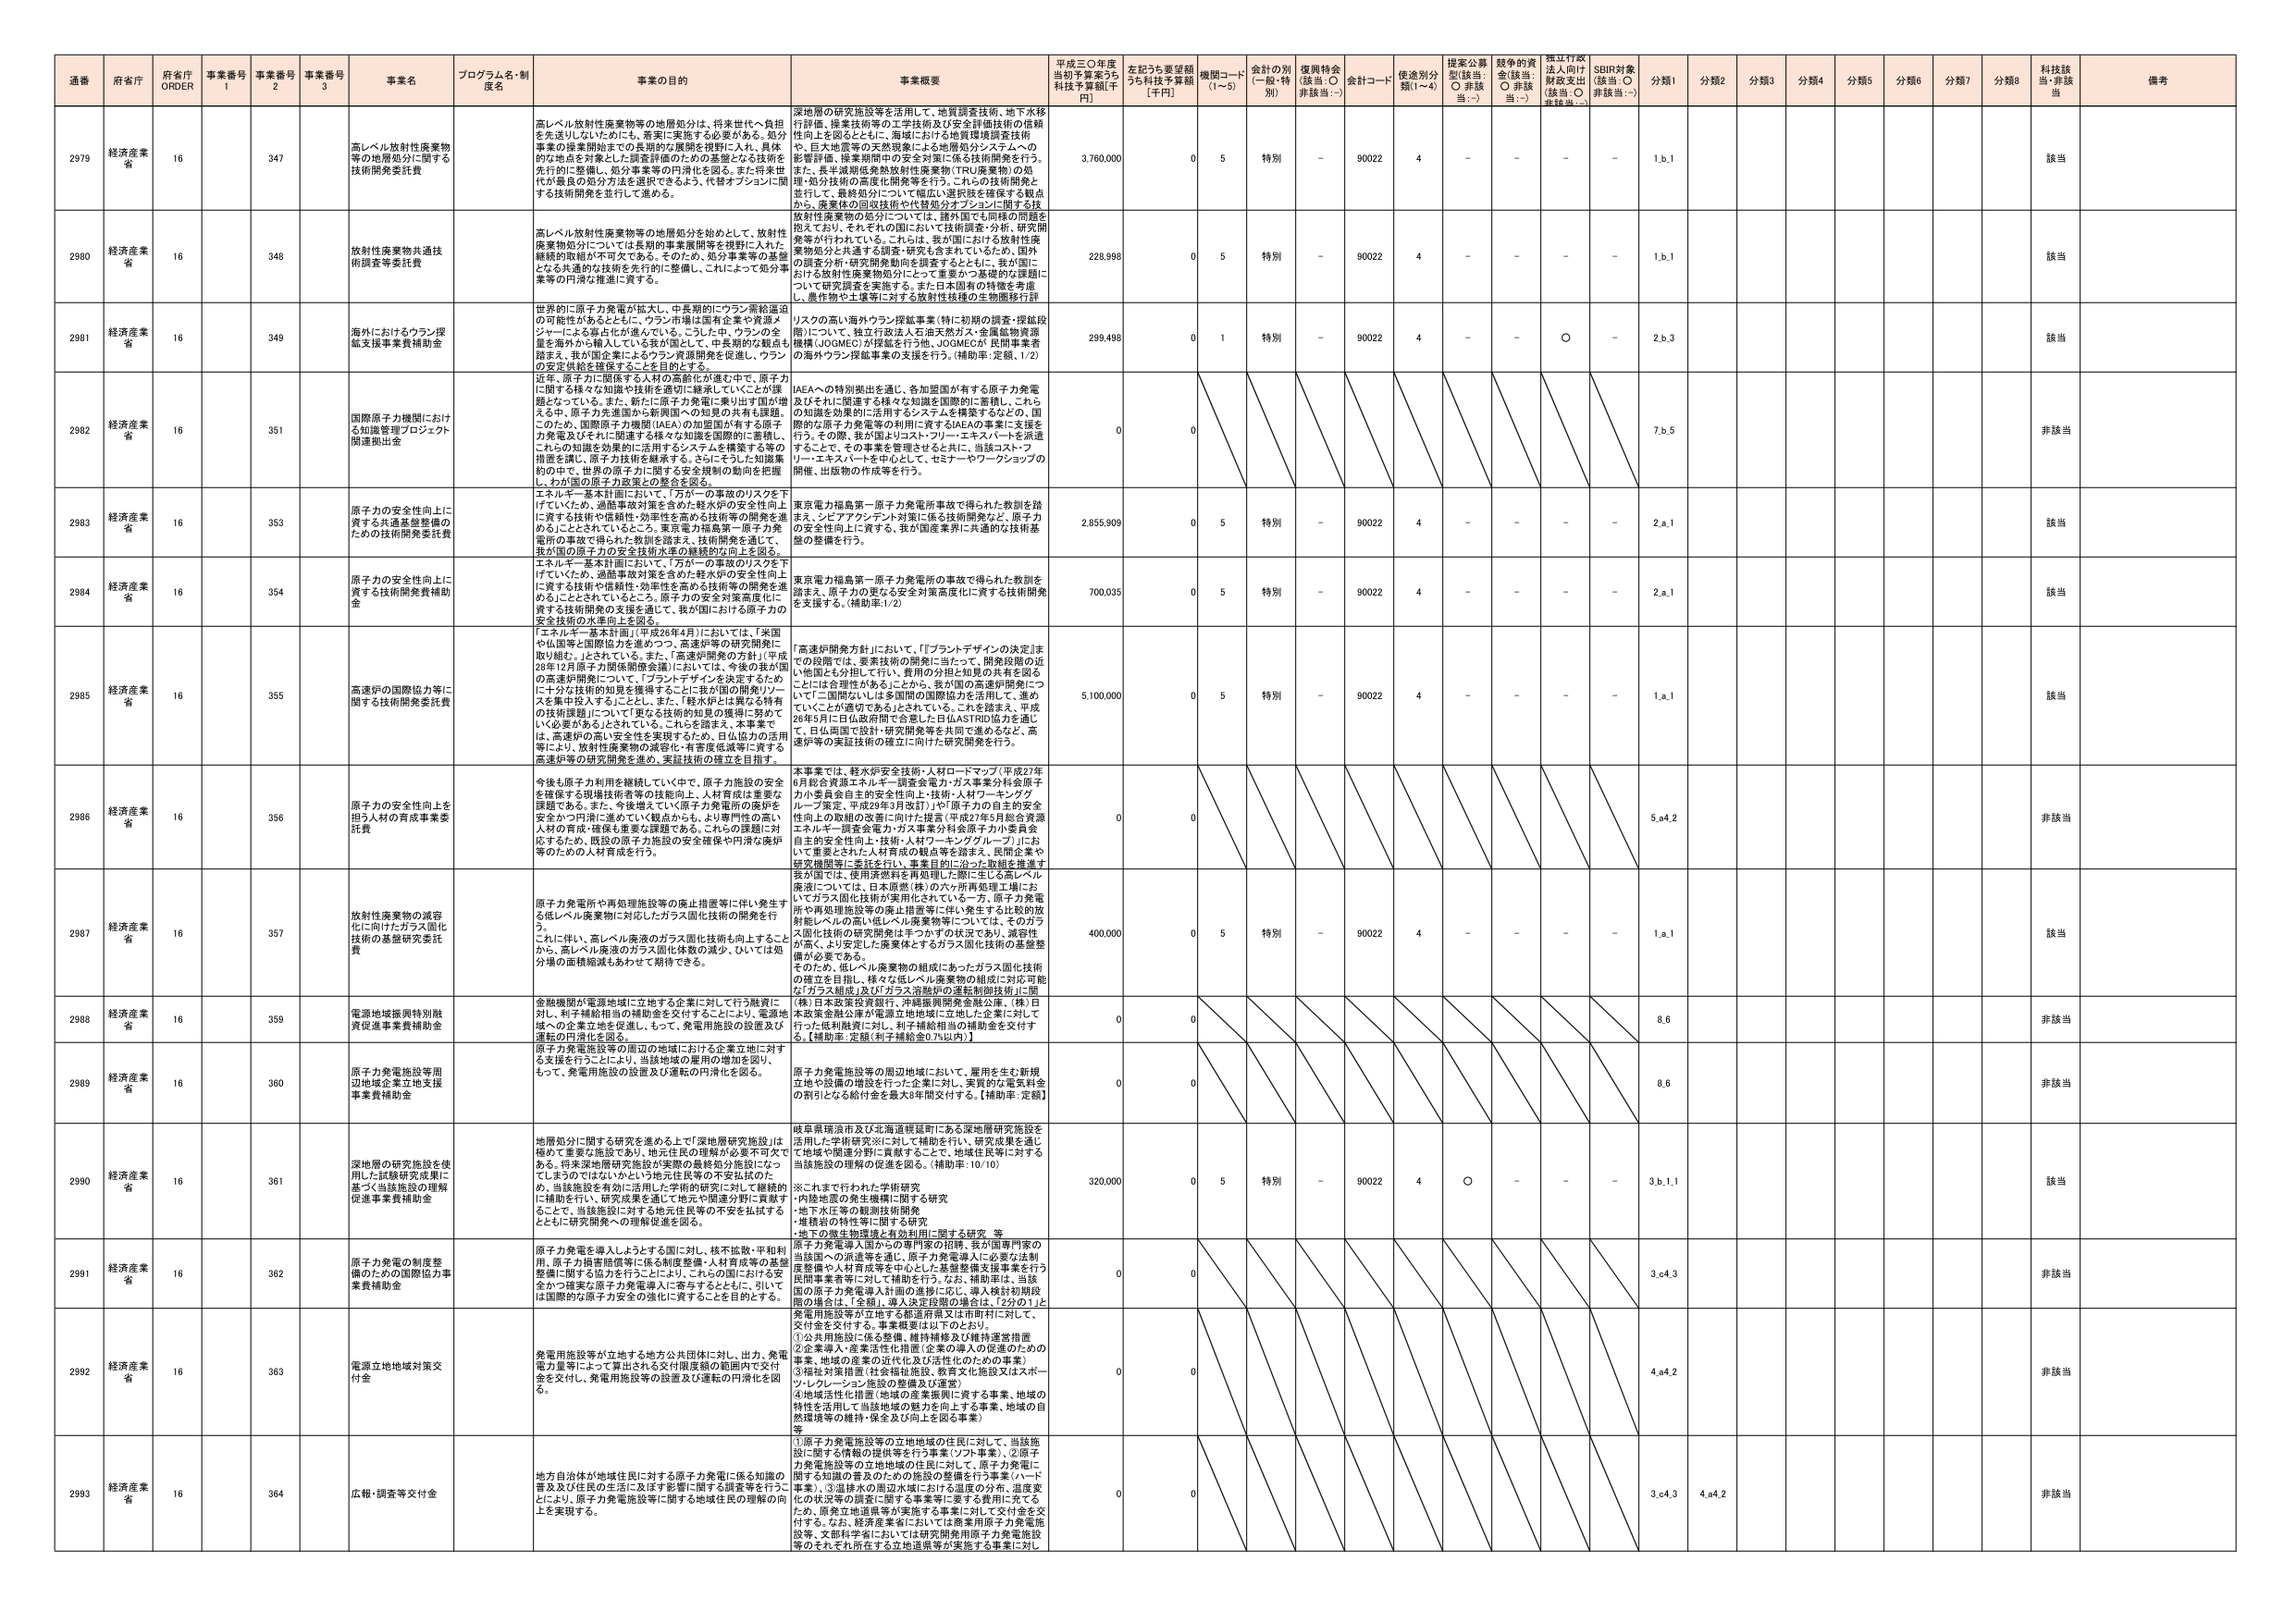
通番 府省庁 府省庁 ORDER 事業番号 1 事業番号 2 事業番号 3 事業名 プログラム名・制度名 事業の目的 事業概要 平成三〇年度当初予算案うち 科技予算額[千円] 左記うち要望額うち科技予算額 [千円] 機関コード (1~5) 金計の別 (一般・特別) 復興特金 (該当:○ 非該当:－) 金計コード 使途別分類(1~4) 提案公募型(該当:○ 非該当:－) 越年の資金(該当:○ 非該当:－) 標江行政法入向け財政支出(該当:○ 非該当:－) SDBR対象(該当:○ 非該当:－) 分類1 分類2 分類3 分類4 分類5 分類6 分類7 分類8 科技該当 備考

2979 経済産業省 16 347 高レベル放射性廃棄物等の地層処分に関する技術開発委託費 高レベル放射性廃棄物等の地層処分は、将来世代へ負担を先送りしないために、着実に実施する必要がある。処分事業の保全開始までの長期的な課題を視野に入れ、具体的な地点を対象とした調査評価のための基盤となる技術を先行的に整備し、処分事業等の円滑化を図る。また将来世代が最良の処分方法を選択できるよう、代替オプションに関する技術開発を並行して進める。 深地層の研究施設等を活用して、地質調査技術、地下水移行評価、操業技術等の工学技術及び安全評価技術の信頼性向上を図るとともに、海域における地質環境調査技術や、巨大地震等の天然現象による地層処分システムへの影響評価、操業期間中の安全対策に係る技術開発を行う。また、長半減期低発熱放射性廃棄物(TRU廃棄物)の処理・処分技術の高度化開発等を行う。これらの技術開発と並行して、最終処分について幅広い選択肢を確保する観点から、廃棄体の回収技術や代替処分オプションに関する放射性廃棄物の処分については、諸外国でも同様の問題を抱えており、それぞれの国において技術調査・分析、研究開発等が行われている。これは、我が国における放射性廃棄物処分と共通する課題・研究も含まれているため、国外の調査分析や研究開発動向を収集するとともに、我が国における放射性廃棄物処分にとって重要かつ基礎的な課題について研究調査を実施する。また日本固有の特徴を考慮し、量性能や土壌等に対する放射性核種の生物圏移行評 3,760,000 0 5 特別 - 90022 4 - - - - 1,b,1 該当

2980 経済産業省 16 348 放射性廃棄物共通技術調査等委託費 高レベル放射性廃棄物等の地層処分を始めとして、放射性廃棄物処分については長期的事業展開等を視野に入れた継続的取組が不可欠である。そのため、処分事業等の基盤となる共通的な技術を先行的に整備し、これによって処分事業等の円滑な推進に資する。 228,998 0 5 特別 - 90022 4 - - - - 1,b,1 該当

2981 経済産業省 16 349 海外におけるウラン探鉱支援事業費補助金 世界的に原子力発電が拡大し、中長期的にウラン需給逼迫の可能性があるとともに、ウラン市場は国有企業や資源メジャーによる寡占化が進んでいる。こうした中、ウランの金量を海外から輸入している我が国として、中長期的な観点も踏まえ、我が国企業によるウラン資源開発を促進し、ウランの安定供給を確保することを目的とする。 近年、原子力に関係する人材の高齢化が進む中で、原子力に関する様々な知識や技術を適切に継承していくことが課題となっている。また、新たに原子力発電に乗り出す国が増える中、原子力の進展の立場で国際への知見の共有も課題。このため、国際原子力機関(IAEA)の加盟国が有する原子力発電及びそれに関連する様々な知識を国際的に蓄積し、これらの知識を効果的に活用するシステムを構築する等の措置を講じ、原子力技術を継承する。さらにそうした知識集約の中で、世界の原子力に関する安全規制の動向を把握し、わが国の原子力政策との整合を図る。 イスカの高い海外ウラン探鉱事業(特に初期の調査・探鉱段階)について、独立行政法人石油天然ガス・金属鉱物資源機構(JOGMEC)が探鉱を行う他、JOGMECが民間事業者への海外ウラン探鉱事業の支援を行う。(補助率:定額、1/2) 299,498 0 1 特別 - 90022 4 - - ○ - 2,b,3 該当

2982 経済産業省 16 351 国際原子力機関における知識管理プロジェクト関連拠出金 IAEAへの特別拠出を通じ、各加盟国が有する原子力発電及びそれに関連する様々な知識を国際的に蓄積し、これらの知識を効果的に活用するシステムを構築するとともに、国際的な原子力発電等の利用に資するIAEAの事業に支援を行う。その際、我が国よりコスト・フリーエキスパートを派遣することで、その事業を管理させるとともに、当該コスト・フリーエキスパートを中心として、セミナーやワークショップの開催、出版物の作成等を行う。 0 0 7,b,5 非該当

2983 経済産業省 16 353 原子力の安全性向上に資する共通基盤整備のための技術開発委託費 エネルギー基本計画において、「万が一の事故のリスクを下げていくため、過酷事故対策を含めた軽水炉の安全性向上に資する技術や信頼性・効率性を高める技術等の開発を進めることとされているところ。東京電力福島第一原子力発電所の事故で得られた教訓を踏まえ、技術開発を通じて、我が国の原子力の安全技術水準の継続的な向上を図る。 東京電力福島第一原子力発電所事故で得られた教訓を踏まえ、シェアアワーテスト対策に係る技術開発など、原子力の安全性向上に資する、我が国産業界に共通的な技術基盤の整備を行う。 2,655,909 0 5 特別 - 90022 4 - - - - 2,a,1 該当

2984 経済産業省 16 354 原子力の安全性向上に資する技術開発費補助金 エネルギー基本計画において、「万が一の事故のリスクを下げていくため、過酷事故対策を含めた軽水炉の安全性向上に資する技術や信頼性・効率性を高める技術等の開発を進めることがされているところ。原子力の安全対策高度化に資する技術開発の支援を通じて、我が国における原子力の安全技術の水準向上を図る。 東京電力福島第一原子力発電所の事故で得られた教訓を踏まえ、原子力の更なる安全対策高度化に資する技術開発を支援する。(補助率:1/2) 700,035 0 5 特別 - 90022 4 - - - - 2,a,1 該当

2985 経済産業省 16 355 高速炉の国際協力等に関する技術開発委託費 「エネルギー基本計画」(平成28年4月)においては、「米国や仏国等と国際協力を進めつつ、高速炉等の研究開発に取り組む。」とされている。また、「高速炉開発の方針」(平成28年12月原子力関係閣僚会議)においては、今後の我が国の高速炉開発について、「プラントデザインを決定するためには十分な技術的知見を獲得することに我が国の開発リソースを集中投入すること」とし、また、「軽水炉とは異なる特有の技術課題についてIT更なる技術的知見の獲得に努めていく必要がある」とされている。これらを踏まえ、本事業では、高速炉の高い安全性を実現するため、自立協力の活用等により、放射性廃棄物の減容化・有害度低減等に資する高速炉等の研究開発を進め、実証技術の確立を目指す。 「高速炉開発方針」において、「プラントデザインの決定」までの段階では、要素技術の開発に当たって、開発段階の近い他国とも分担して行い、費用の分担と知見の共有を図るとともに合意性があることから、我が国の高速炉開発について「二国間ないしは多国間の国際協力を活用して、進めしていくことが不可欠である」とされている。これを踏まえ、平成28年5月に日仏政府間で合意した日仏ASTRID協力を通じて、日仏両国で設計・研究開発等を共同で進めるなど、高速炉等の実証技術の確立に向けた研究開発を行う。 5,100,000 0 5 特別 - 90022 4 - - - - 1,a,1 該当

2986 経済産業省 16 356 原子力の安全性向上を担う人材の育成事業委託費 今後も原子力利用を継続していく中で、原子力施設の安全を確保する現場技術者等の技術向上、人材育成は重要な課題である。また、今後増えていく原子力発電所の廃炉を安全かつ円滑に進めていく観点からも、より専門性の高い人材の育成・確保は重要な課題である。これらの課題に対応するため、既設の原子力施設の安全確保や円滑な廃炉等のための人材育成を行う。 本事業では、軽水炉安全技術・人材ロードマップ(平成27年6月総合資源エネルギー調査会電力・ガス事業分科会原子力小委員会自主的安全対策向上・技術・人材ワーキンググループ策定、平成29年3月改訂)や「原子力の自主的安全性向上の取組の改善に向けた提言(平成27年5月総合資源エネルギー調査会電力・ガス事業分科会原子力小委員会自主的安全性向上・技術・人材ワーキンググループ)」において重要とされた人材育成の観点等を踏まえ、民間企業や研究機関等に委託を行い、事業目的に沿った取組を推進する。 0 0 5,a4,2 非該当

2987 経済産業省 16 357 放射性廃棄物の減容化に向けたガラス固化技術の基盤研究委託費 原子力発電所や再処理施設等の廃止措置等に伴い発生する低レベル廃棄物に対応したガラス固化技術の開発を行う。これに伴い、高レベル廃液のガラス固化技術も向上することから、高レベル廃液のガラス固化体数の減少、ひいては処分場の面積縮減もあわせて期待できる。 我が国では、使用済燃料を再処理した際に生じる高レベル廃液については、日本原燃(株)の六ヶ所再処理工場においてガラス固化技術が実用されている一方、原子力発電所や再処理施設等の廃止措置等に伴い発生する比較的放射能レベルの高い低レベル廃棄物については、そのガラス固化技術の研究開発はまつたずの状況であり、減容性が高く、より安定した廃棄体とするガラス固化技術の基盤整備が必要である。そのため、低レベル廃棄物の組成にあったガラス固化技術の確立を目指し、様々な低レベル廃棄物の組成に対応可能な「ガラス組成」及び「ガラス連続炉の運転制御技術」に臨む。(株)日本原発投資銀行、沖縄振興開発金融公庫、(株)日本政策金融公庫が電源立地地域に立地した企業に対して行った低利融資に対し、利子補給相当の補助金を交付する。【補助率:定額(利子補給金の7%以内)】 400,000 0 5 特別 - 90022 4 - - - - 1,a,1 該当

2988 経済産業省 16 359 電源地域振興特別融資促進事業費補助金 金融機関が電源地域に立地する企業に対して行う融資に対し、利子補給相当の補助金を交付することにより、電源地域への企業立地を促進し、もって、発電用施設の設置及び運転の円滑化を図る。 0 0 8,6 非該当

2989 経済産業省 16 360 原子力発電施設等周辺地域企業立地支援事業費補助金 原子力発電施設等の周辺の地域における企業立地に対する支援を行うことにより、当該地域の雇用の増加を図り、もって、発電用施設の設置及び運転の円滑化を図る。 原子力発電施設等の周辺地域において、雇用を生む新規立地や設備の増設を行った企業に対し、実質的な電気料金の割引となる給付金を最大5年間交付する。【補助率:定額】 0 0 8,6 非該当

2990 経済産業省 16 361 深地層の研究施設を使用した試験研究成果に基づく当該施設の理解促進事業費補助金 地層処分に関する研究を進める上で「深地層研究施設」は極めて重要な施設であり、地元住民の理解が必要不可欠である。将来深地層研究施設が実際に最終処分施設になったとしてもそのではないかという地元住民等の不安払拭のため、当該施設を有効に活用した学術的研究に対して継続的に補助を行い、研究成果を通して地元や関連分野に貢献することで、当該施設に対する地元住民等の不安を払拭するとともに研究開発への理解促進を図る。 岐阜県瑞浪市及び北海道幌延町にある深地層研究施設を活用した学術研究※に対して補助を行い、研究成果を通じて地域や関連分野に貢献することで、地域住民等に対する当該施設の理解の促進を図る。(補助率:10/10) ※これまで行われた学術研究 ･内陸地盤の発生機構に関する研究 ･地下水圧等の観測技術開発 ･堆積岩の特性等に関する研究 ･地下の微生物環境と有効利用に関する研究 等 320,000 0 5 特別 - 90022 4 ○ - - - 3,b,1,1 該当

2991 経済産業省 16 362 原子力発電の制度整備のための国際協力事業費補助金 原子力発電を導入しようとする国に対し、核不拡散・平和利用、原子力損害賠償等に係る制度整備・人材育成等の基盤整備に関する協力を行うことにより、これらの国における安全かつ確実な原子力発電導入に寄与するとともに、引いては国際的な原子力安全の強化に資することを目的とする。 原子力発電導入国からの専門家の招聘、我が国専門家の当該国への派遣を通じ、原子力発電導入に必要な法制を整備や人材育成等を中心とした制度整備支援事業を行う。民間事業者等に対して補助を行う。なお、補助率は、当該国の原子力発電導入計画の進捗に応じ、導入検討初期段階の場合は、「全額」、導入決定段階の場合は、「2分の1」上発電用施設等が立地する都道府県又は市町村に対して、交付金を交付する。事業概要は以下のとおり。 ①公共用施設に係る整備、維持補修及び維持運営措置 ②企業導入・産業活性化措置(企業の導入の促進のための事業、地域の産業の近代化及び活性化のための事業) ③福祉政策措置(社会福祉施設、教育文化施設又はスポーツ・レクリエーション施設の整備及び運営) ④地域活性化措置(地域の産業振興に資する事業、地域の特性を活用して当該地域の魅力を向上する事業、地域の自然環境等の維持・保全及び向上を図る事業) 等 0 0 3,c4,3 非該当

2992 経済産業省 16 363 電源立地地域対策交付金 発電用施設等が立地する地方公共団体に対し、出力、発電電力量等によって算出される交付限度額の範囲内で交付金を交付し、発電用施設等の設置及び運転の円滑化を図る。 0 0 4,a4,2 非該当

2993 経済産業省 16 364 広報・調査等交付金 地方自治体が地域住民に対する原子力発電に係る知識の普及及び住民の生活に及ぼす影響に関する調査等を行うことにより、原子力発電施設等に関する地域住民の理解の向上を実現する。 ①原子力発電施設等の立地地域の住民に対して、当該施設に関する情報の提供等を行う事業(ソフト事業)、②原子力発電施設等の立地地域の住民に対して、原子力発電に関する知識の普及のための施設の整備を行う事業(ハード事業)、③温排水の周辺水域における温度の分布、温度変化の状況等の調査に関する事業等に要する費用に充てるため、原発立地道県等が実施する事業に対して交付金を交付する。なお、経済産業省においては商業用原子力発電施設等、文部科学省においては研究用原子力発電施設等のそれぞれ所在する立地道県等が実施する事業に対し 0 0 3,c4,3 4,a4,2 非該当